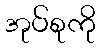
အုပ်စုကို